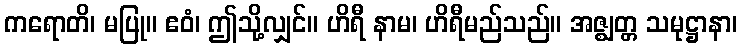
ကရောတိ၊ မပြု။ ဧဝံ၊ ဤသို့လျှင်။ ဟိရီ နာမ၊ ဟိရီမည်သည်။ အဇ္ဈတ္တ သမုဋ္ဌာနာ၊